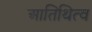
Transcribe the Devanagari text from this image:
आतिथित्व